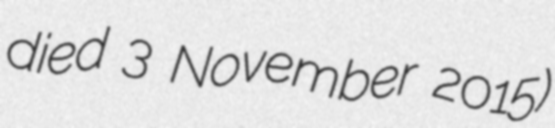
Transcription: died 3 November 2015)